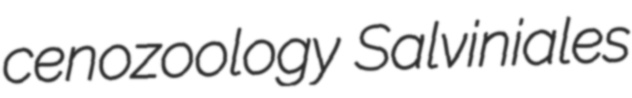
cenozoology Salviniales